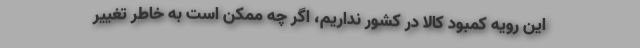
این رویه کمبود کالا در کشور نداریم، اگر چه ممکن است به خاطر تغییر